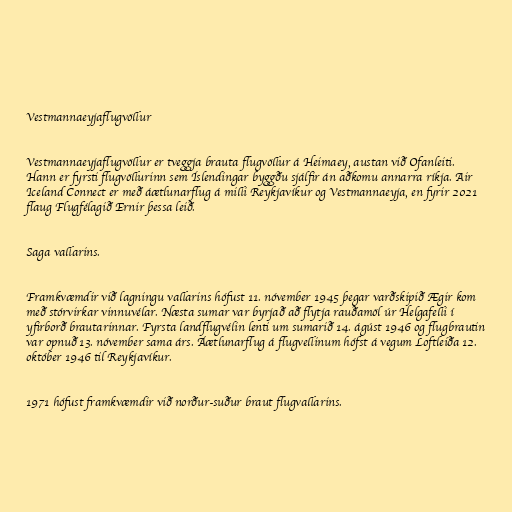
Vestmannaeyjaflugvöllur

Vestmannaeyjaflugvöllur er tveggja brauta flugvöllur á Heimaey, austan við Ofanleiti.
Hann er fyrsti flugvöllurinn sem Íslendingar byggðu sjálfir án aðkomu annarra ríkja. Air
Iceland Connect er með áætlunarflug á milli Reykjavíkur og Vestmannaeyja, en fyrir 2021
flaug Flugfélagið Ernir þessa leið.

Saga vallarins.

Framkvæmdir við lagningu vallarins hófust 11. nóvember 1945 þegar varðskipið Ægir kom
með stórvirkar vinnuvélar. Næsta sumar var byrjað að flytja rauðamöl úr Helgafelli í
yfirborð brautarinnar. Fyrsta landflugvélin lenti um sumarið 14. ágúst 1946 og flugbrautin
var opnuð 13. nóvember sama árs. Áætlunarflug á flugvellinum hófst á vegum Loftleiða 12.
október 1946 til Reykjavíkur.

1971 hófust framkvæmdir við norður-suður braut flugvallarins.